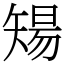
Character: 𥏫